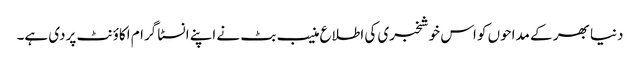
دنیا بھر کے مداحوں کو اس خوشخبری کی اطلاع منیب بٹ نے اپنے انسٹا گرام اکاؤنٹ پردی ہے۔